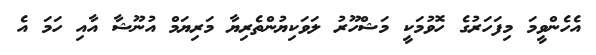
އެހެންވީމަ މިފަހަރުގެ ހޮވުމަކީ މަޝްހޫރު ލަވަކިޔުންތެރިޔާ މަރިޔަމް އުނޫޝާ އާއި ހަމަ އެ